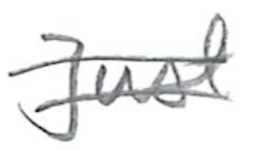
Text: Just
Cross-out: double-line
Writing tool: pencil